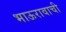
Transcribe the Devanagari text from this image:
भाऊरावाची